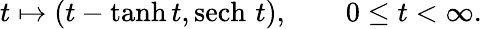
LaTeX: t\mapsto\left(t-\operatorname{tanh}{t},\operatorname{sech}\, {t}\right),\quad\quad 0\leq t<\infty.